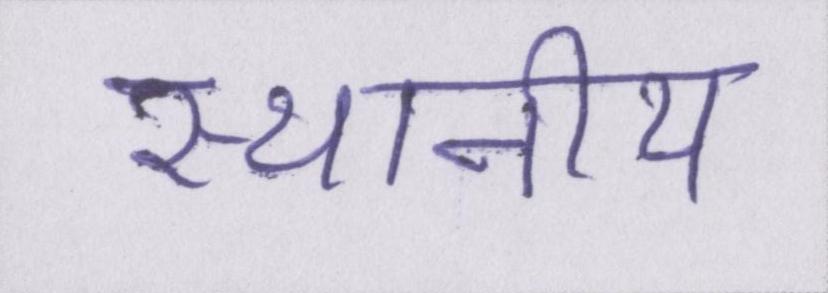
स्थानीय